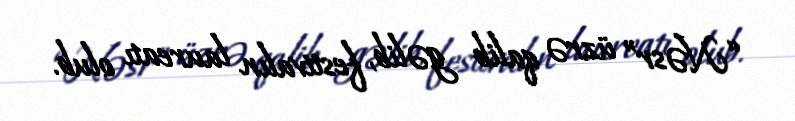
“Nəsr” üzrə qalib gəlib, festivalın laureatı olub.